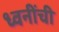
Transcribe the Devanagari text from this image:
ध्वनींची